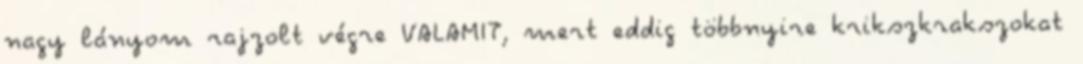
nagy lányom rajzolt végre VALAMIT, mert eddig többnyire krikszkrakszokat